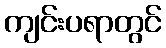
ကျင်းပရာတွင်